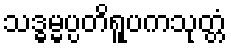
သဒ္ဓမ္မပ္ပတိရူပကသုတ္တံ